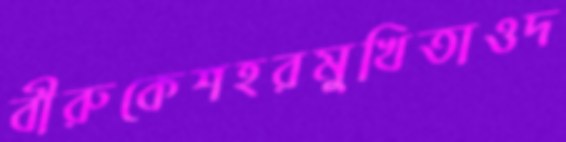
বীরুকেশহরমুখিতাওদ